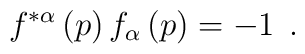
f^{*\alpha }\left( p\right) f_\alpha \left( p\right) =-1\;\,.